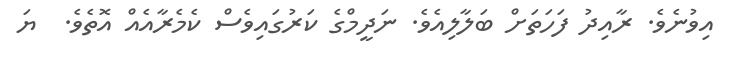
އިވުނެވެ. ރާއިދު ފަހަތަށް ބަލާލިއެވެ. ނަދީމްގެ ކަރުގައިވެސް ކެމެރާއެއް އޮތެވެ.  ޔަ